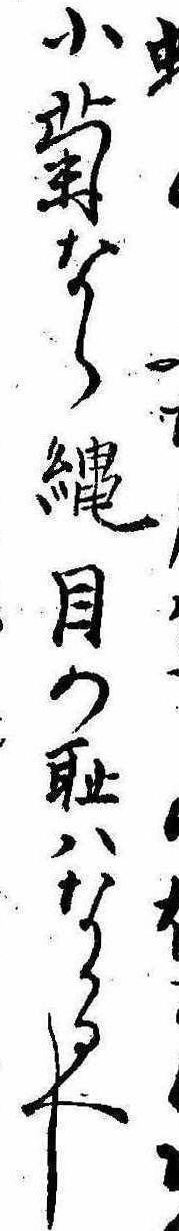
小菊なら縄目の恥はなかるへし